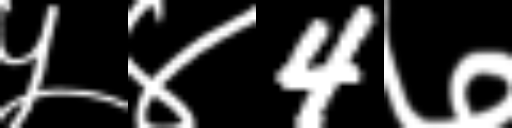
Text: ५४4७